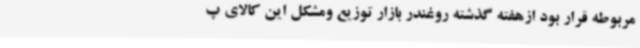
مربوطه قرار بود ازهفته گذشته روغندر بازار توزیع ومشکل این کالای پ